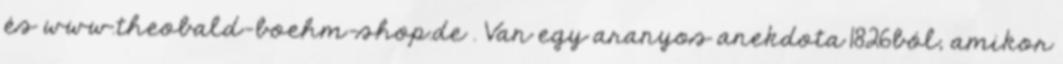
és www.theobald-boehm-shop.de . Van egy aranyos anekdota 1826ból, amikor